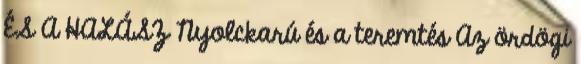
ÉS A HALÁSZ Nyolckarú és a teremtés Az ördögi